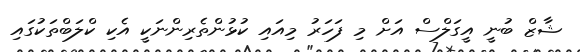
ޝާޒް ބުނީ އީގަލްސް އަށް މި ފަހަރު މިއައި ކުޅުންތެރިންނަކީ އެކި ކްލަބްތަކުގައި